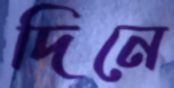
দিনে